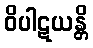
ဝိပါဋယန္တိ